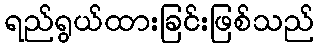
ရည်ရွယ်ထားခြင်းဖြစ်သည်